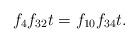
LaTeX: \begin{align*}f_4f_{32}t &= f_{10}f_{34}t.\end{align*}